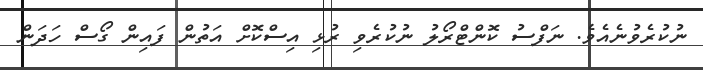
ނުކުރެވުނެއެވެ. ނަފްސު ކޮންޓްރޯލު ނުކުރެވި ރުޅި އިސްކޮށް އަތުން ފައިން ގޯސް ހަދަން